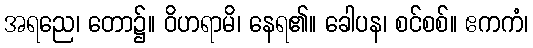
အရညေ၊ တော၌။ ဝိဟရာမိ၊ နေရ၏။ ခေါပန၊ စင်စစ်။ ဧကကံ၊